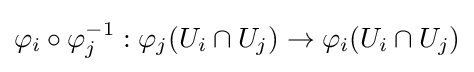
\varphi _{i}\circ \varphi _{j}^{-1}:\varphi _{j}(U_{i}\cap U_{j})\to \varphi _{i}(U_{i}\cap U_{j})